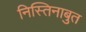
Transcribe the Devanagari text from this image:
निस्तिनाबुत